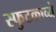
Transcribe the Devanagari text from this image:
स्फुटकाव्ये